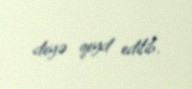
deyə qeyd edilib.